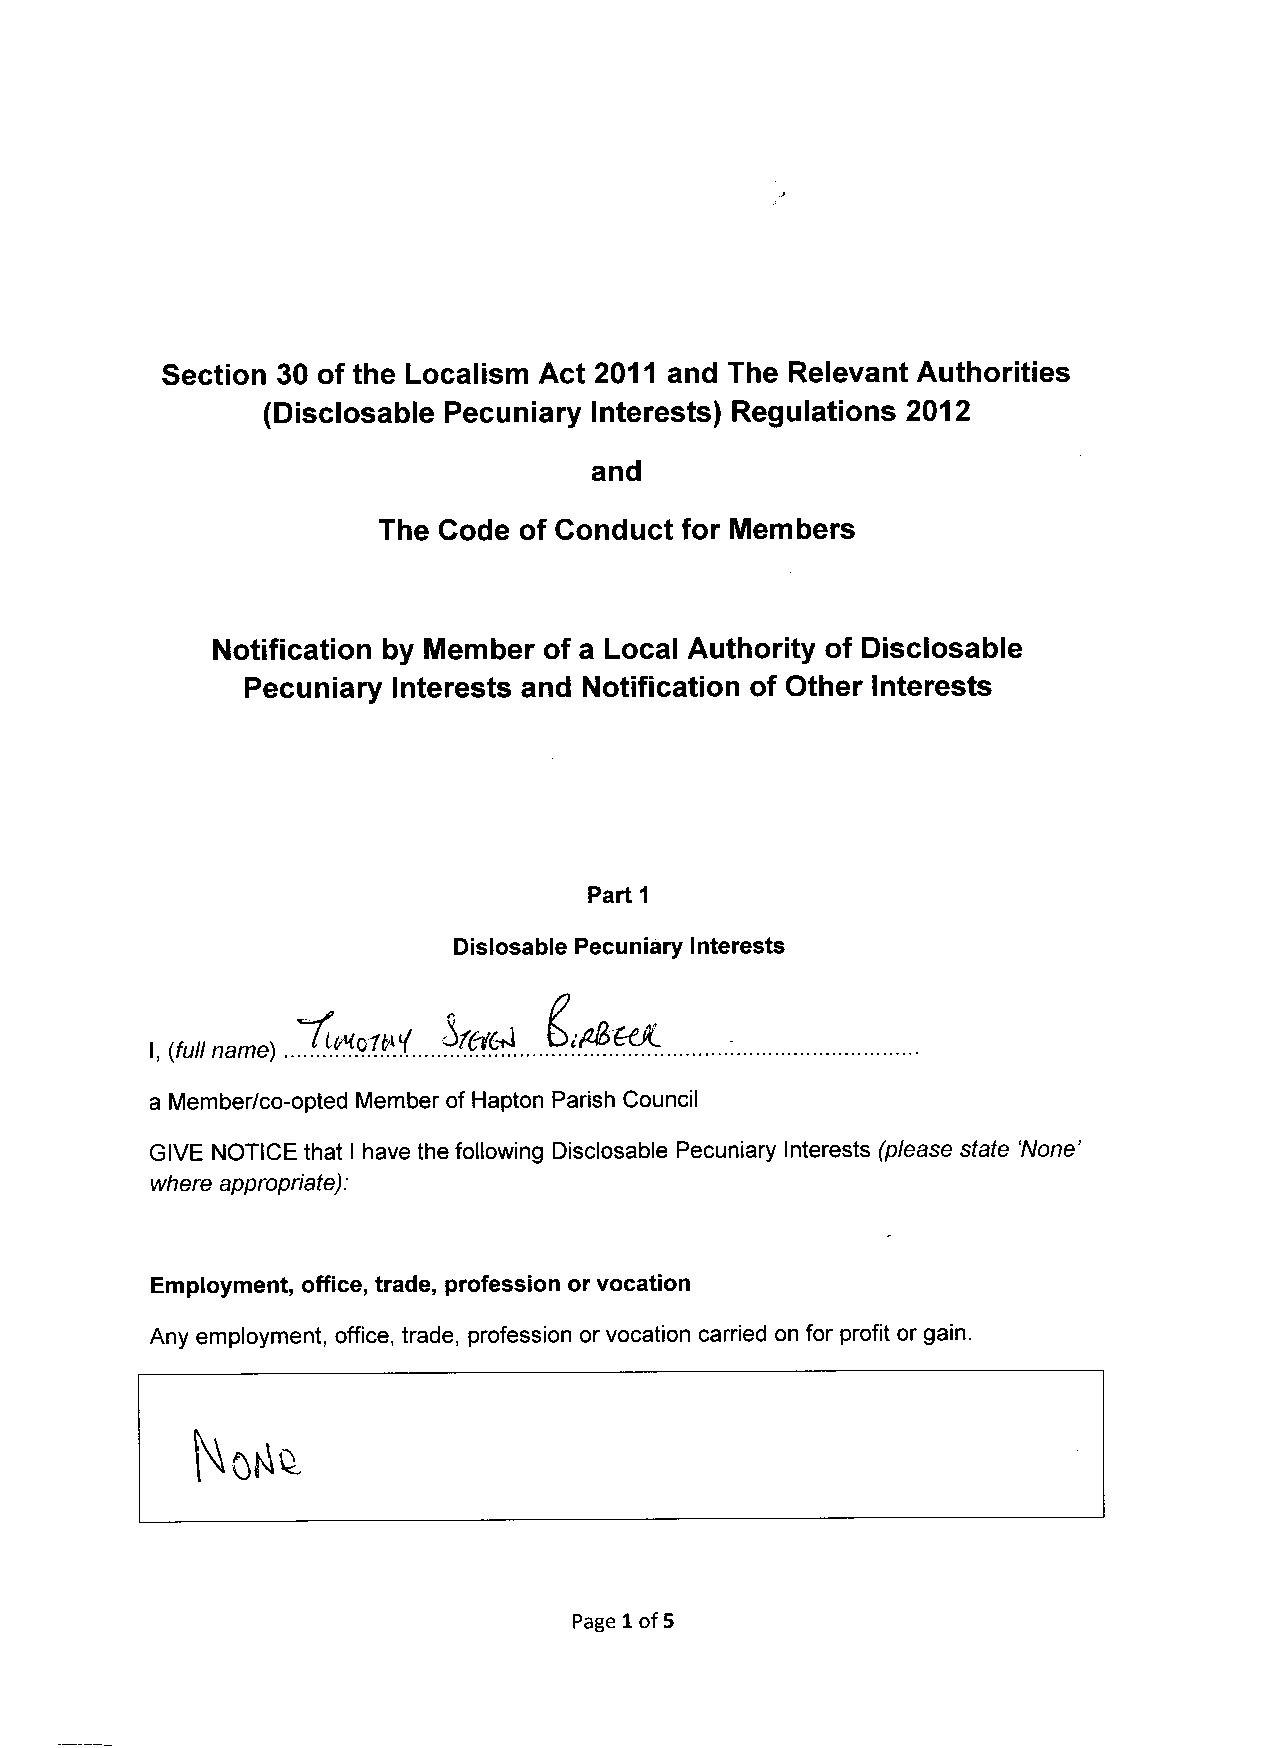
Section 30 of the Localism Act 2011 and The Relevant Authorities
 (Disclosable Pecuniary Interests) Regulations 2012
 and
 The Code  of Conduct for Members
 Notification by Member of a Local Authority of Disclosable
 Pecuniary Interests and Notification of Other Interests
 Parti
 Dislosable Pecuniary Interests
 -/
 I, (full name) ...
 U(
 a Member/co-opted Member of Hapton Parish Council
 GIVE NOTICE that I have the following Disclosable Pecuniary Interests (please state 'None'
 where appropriate):
 Employment, office, trade, profession or vocation
 Any employment, office, trade, profession or vocation carried on for profit or gain.
 Page 1 of 5